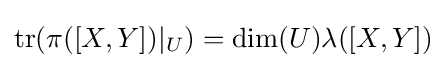
\operatorname {tr} (\pi ([X,Y])|_{U})=\dim(U)\lambda ([X,Y])